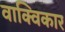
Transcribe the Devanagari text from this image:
वाक्विकार